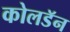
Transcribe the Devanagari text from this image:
कोलडॅन